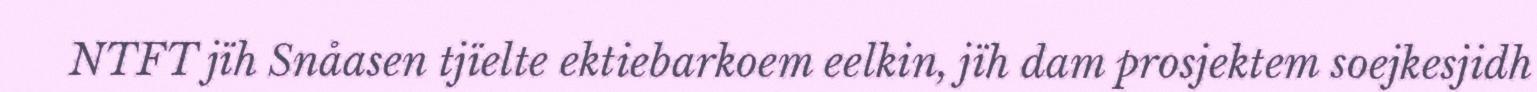
NTFT jïh Snåasen tjïelte ektiebarkoem eelkin, jïh dam prosjektem soejkesjidh